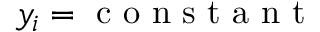
y _ { i } = \mathrm { ~ c ~ o ~ n ~ s ~ t ~ a ~ n ~ t ~ }